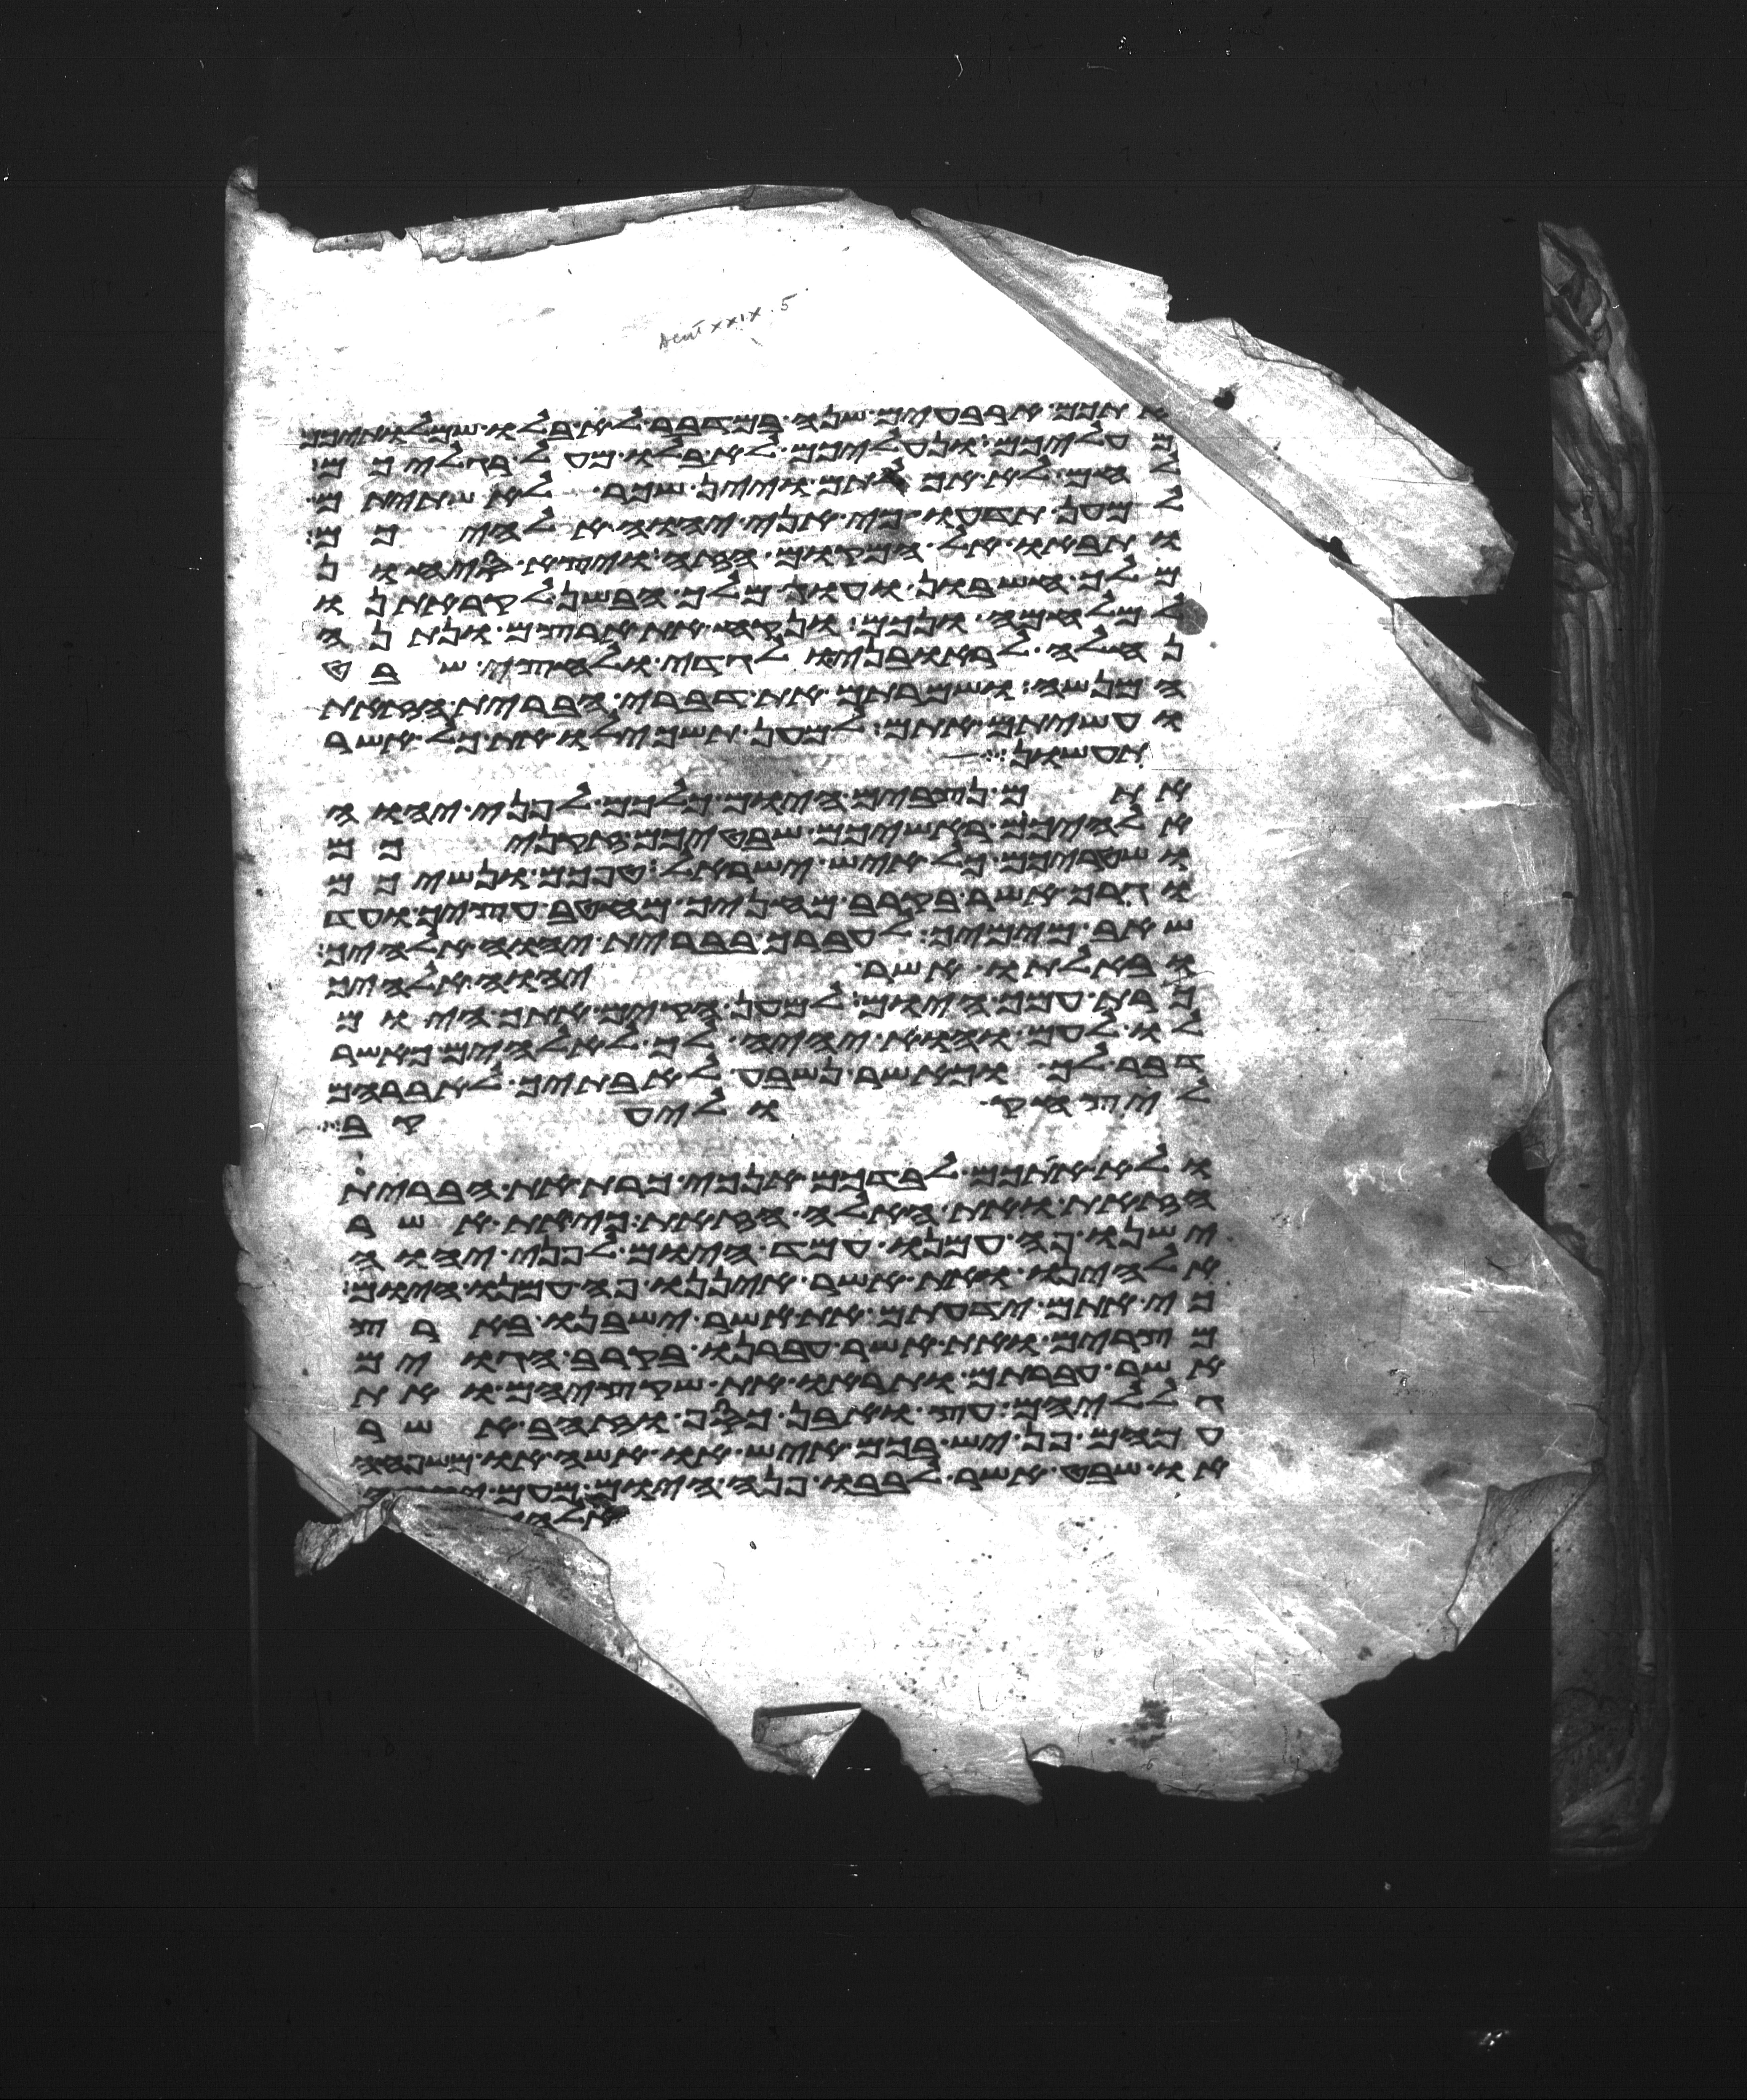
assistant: אתכם ארבעים שנה במדבר לא בלו שמלתיכם
מעליכם ונעליכם לא בלו מעל רגליכם
לחם לא אכלתם ויין ושכר לא שתיתם
למען תדעו כי אני יהוה אלהיכם
ותבאו אל המקום הזה ויצא סיחון
מלך חשבון ועוג מלך הבשן לקראתנו
למלחמה ונכם ונקח את ארצם ונתנה
נחלה לראובני ולגדי ולחצי שבט
המנשה ושמרתם את דברי הברית הזאת
ועשיתם אתם למען תשכילו את כל אשר
תעשון
אתם נצבים היום כלכם לפני יהוה
אלהיכם ראשיכם שבטיכם זקניכם
ושטריכם כל איש ישראל טפכם ונשיכם
וגרך אשר בקרב מחניך מחטב עציך ועד
שאב מימיך לעברך בברית יהוה אלהיך
ובאלתו אשר יהוה אלהיך
כרת עמך היום ולמען הקים אתך היום
לו לעם והוא יהיה לך לאלהים כאשר
דבר לך וכאשר נשבע לאבתך לאברהם
ליצחק וליעקב
ולא אתכם לבדכם אנכי כרת את הברית
הזאת ואת האלה הזאת כי את אשר
ישנו פה עמנו עמד היום לפני יהוה
אלהינו ואת אשר איננו פה עמנו היום
כי אתם ידעתם את אשר ישבנו בארץ
מצרים ואת אשר עברנו בקרב הגוים
אשר עברתם ותראו את שקציהם ואת
גלליהם עץ ואבן כסף וזהב אשר
עמהם פן יש בכם איש או אשה או משפחה
או שבט אשר לבבו פנה היום מעם יהוה
אלהי